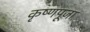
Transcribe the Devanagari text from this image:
कृष्‍णपूजा